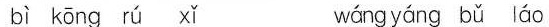
bì kòng rú xǐ wàng yáng bù láo